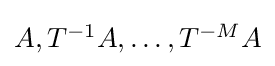
{\textstyle A,T^{-1}A,\dots ,T^{-M}A}